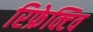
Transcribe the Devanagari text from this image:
रिफ्रेक्टिव